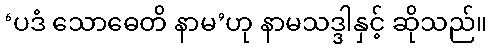
‘ပဒံ သောဓေတိ နာမ’ဟု နာမသဒ္ဒါနှင့် ဆိုသည်။